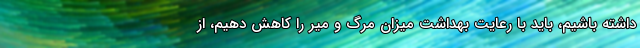
داشته باشیم، باید با رعایت بهداشت میزان مرگ و میر را کاهش دهیم، از